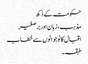
حکومت کے دُکھ
مذہب، زبان اور برصغیر
اقبال کا نوجوانوں سے خطاب
طبقہ۔